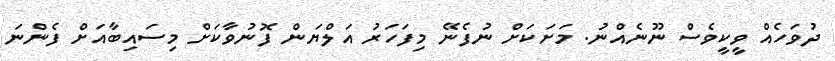
ދުވަހެއް ވީކީވެސް ނޫނެއްނު. މަށަކަށް ނުފެނޭ މިފަހަރު އަލްޔަން ފޮނުވާކަށް މިސައިބާއަށް ފެންނަ